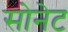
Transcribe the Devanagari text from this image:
सोनेट